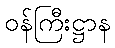
ဝန်ကြီးဋ္ဌာန